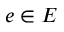
e \in E